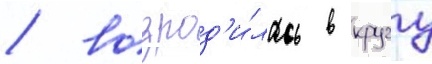
/ возрод'и́лась в кругу